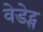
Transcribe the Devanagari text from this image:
वेडेट्स